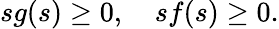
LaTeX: sg(s)\geq 0,\quad sf(s)\geq 0.